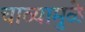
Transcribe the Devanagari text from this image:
चाव्यामुळे